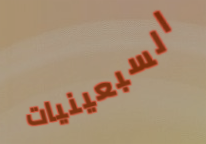
السبعينيات